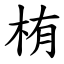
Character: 栯